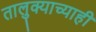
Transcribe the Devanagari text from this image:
तालुक्याच्याही